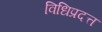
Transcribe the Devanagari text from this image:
विधिप्रदत्त